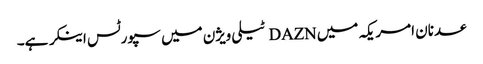
عدنان امر یکہ میں DAZN ٹیلی ویژن میں سپورٹس اینکر ہے۔